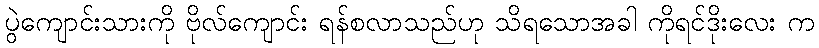
ပွဲကျောင်းသားကို ဗိုလ်ကျောင်း ရန်စလာသည်ဟု သိရသောအခါ ကိုရင်ဒိုးလေး က